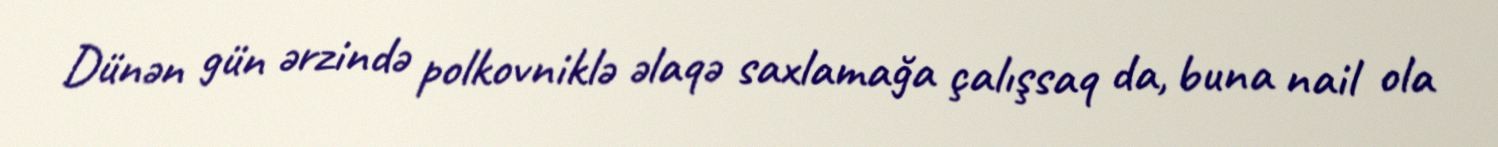
Dünən gün ərzində polkovniklə əlaqə saxlamağa çalışsaq da, buna nail ola